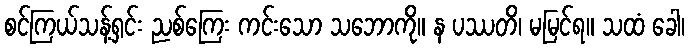
စင်ကြယ်သန့်ရှင်း ညစ်ကြေး ကင်းသော သဘောကို။ န ပဿတိ၊ မမြင်ရ။ သထံ ခေါ၊